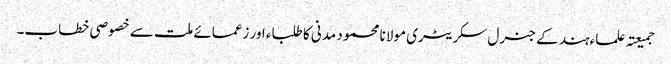
جمیعتہ علماء ہند کے جنرل سکریٹری مولانا محمود مدنی کا طلباء اور زعمائے ملت سے خصوصی خطاب۔